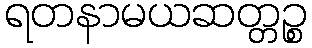
ရတနာမယဆတ္တဉ္စ